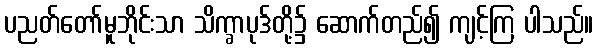
ပညတ်တော်မူဘိုင်းသာ သိက္ခာပုဒ်တို့၌ ဆောက်တည်၍ ကျင့်ကြ ပါသည်။